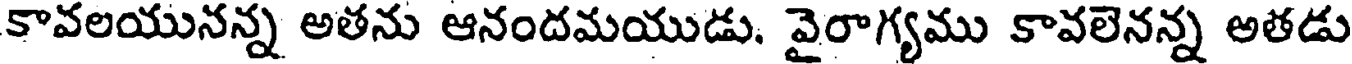
కావలయునన్న అతను ఆనందమయుడు. వైరాగ్యము కావలెనన్న అతడు